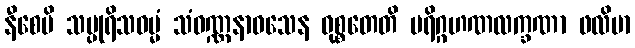
နီစေပိ သပ္ပုရိသဓမ္မံ သံဝဏ္ဏနာဝသေန ဝုစ္စတေတိ ပရိဂ္ဂဟဏလက္ခဏာ ဖလိမာ